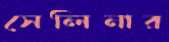
সেলিনার